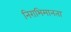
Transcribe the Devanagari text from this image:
निराभिमानता